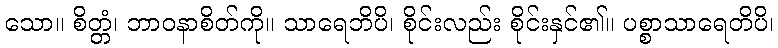
သော။ စိတ္တံ၊ ဘာဝနာစိတ်ကို။ သာရေဘိပိ၊ စိုင်းလည်း စိုင်းနှင်၏။ ပစ္စာသာရေတိပိ၊